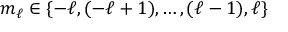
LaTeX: m _ { \ell } \in \{ - \ell , ( - \ell + 1 ) , \ldots , ( \ell - 1 ) , \ell \}